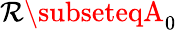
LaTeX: \mathcal{R}\subseteqA_{0}